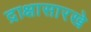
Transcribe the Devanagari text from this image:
द्राक्षासारखे